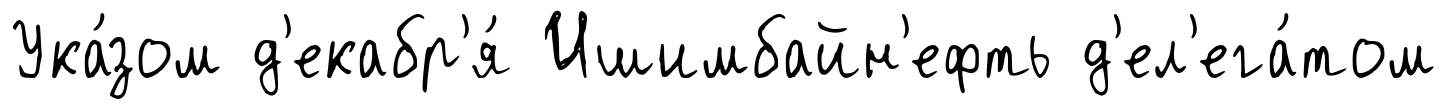
Ука́зом д'екабр'я́ Ишимбайн'ефть д'ел'ега́том